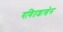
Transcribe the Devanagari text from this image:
गणितशाखेस